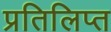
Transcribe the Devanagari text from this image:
प्रतिलिप्त